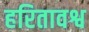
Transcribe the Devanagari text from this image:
हरितावश्व